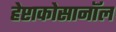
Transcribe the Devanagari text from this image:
हेप्टाकोसानॉल